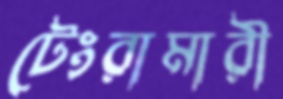
টেংরামারী